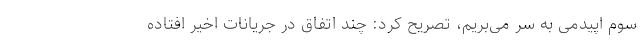
سوم اپیدمی به سر می‌بریم، تصریح کرد: چند اتفاق در جریانات اخیر افتاده